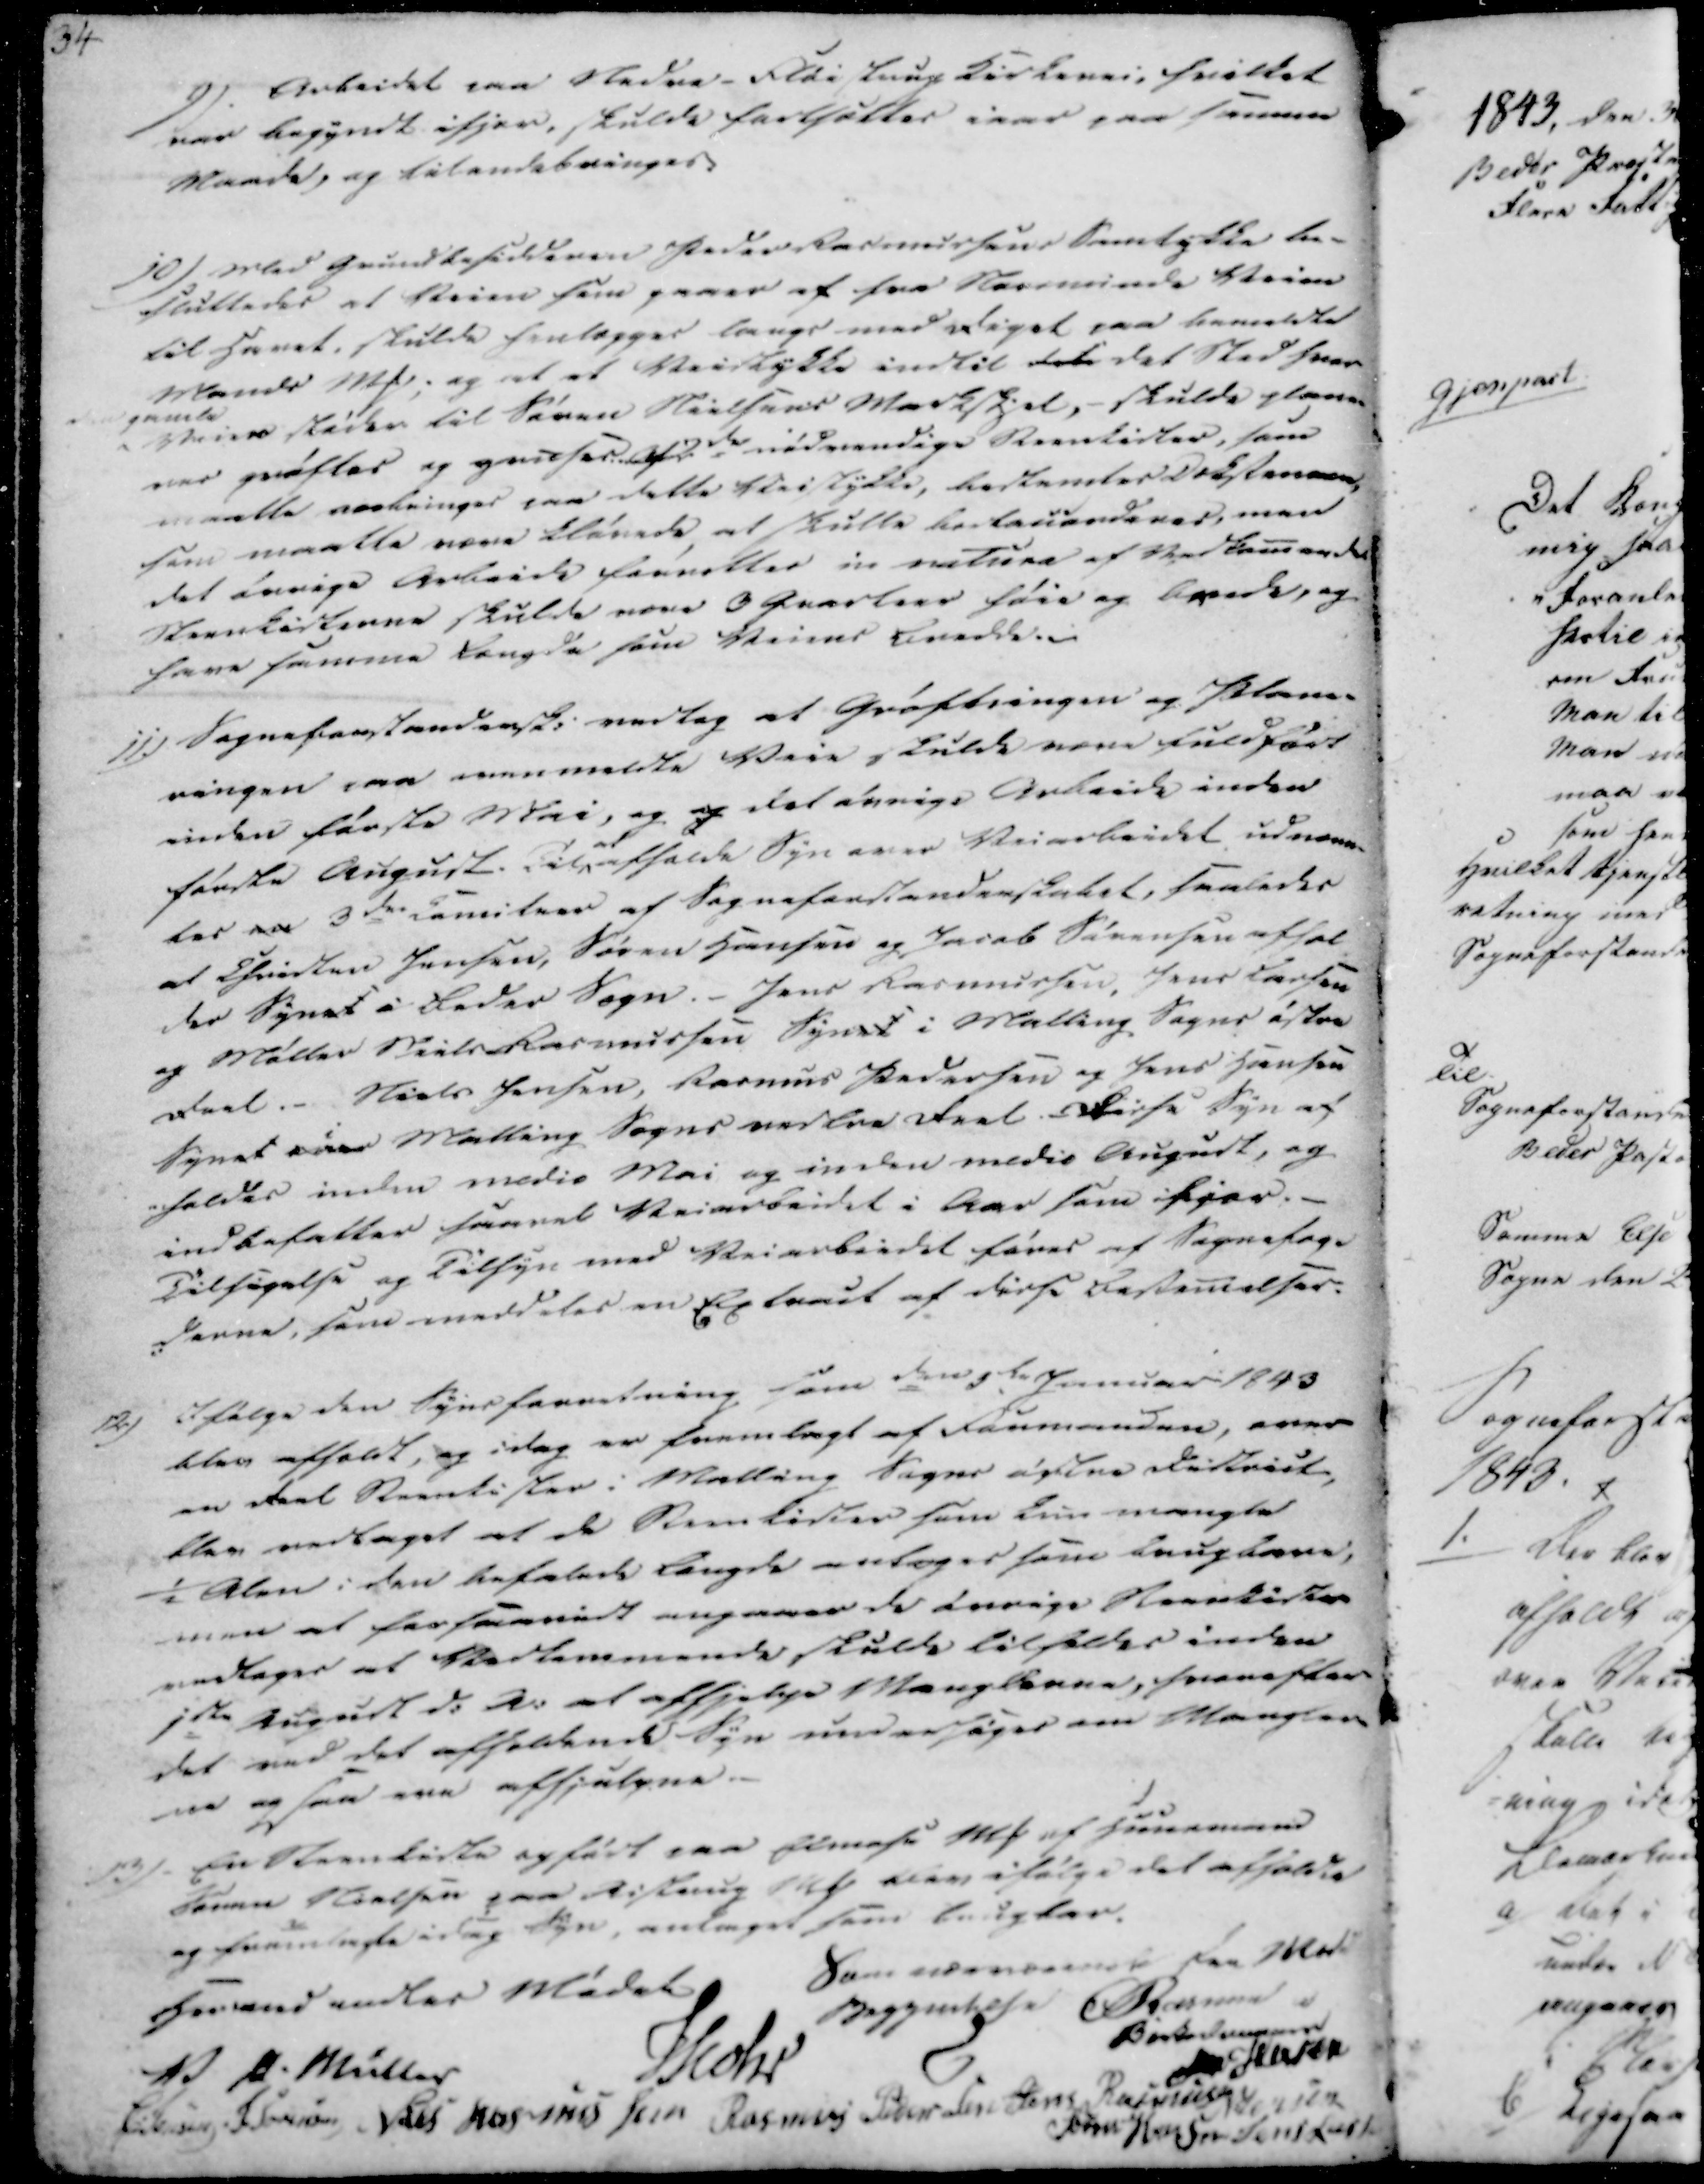
Transskription:
9).
Arbeidet paa Nedre-Fløistrup Kirkevei, hvilket
var begyndt ifjor, skulde fortsættes iaar paa samme
Maade, og tilendebringes.

10)
Med Grundbesidderen Peder Rasmussens Samtykke be-
sluttedes at Veien som gaaer af fra Norsminde Veien
til Havet, skulde henlægges langs med Diget paa bemeldte
Mands MP; og at et Veistykke indtil det det Sted hvor
gamle Veien støder til Søren Nielsens Markskjel, - skulde plane-
res grøftes og gruses. Af 2de nødvendige Steenkister, som
maatte anbringes paa dette Veistykke, bestemtes Deksteneren,
som maatte være kløvede at skulle bertauenderes, men
det øvrige Arbeide forsetter in natura af Vedkommende
Steenkisterne skulde være 3 Quarteer høie og brede, og
have samme Længde som Veienes Bredde.

11.)
Sogneforstandersk; vedtog at Grøftningen og Plane-
ringen paa ovenmeldte Veie skulde være fuldført
inden første Mai, og og det øvrige Arbeide inden
første August. Til at afholde Syn over Veiarbeidet udnævn-
tes en 3de Comitrer af Sogneforstanderskabet, saaledes
at Christen Jensen, Søren Hansen og Jacob Sørensen afhol
der Synet i Beder Sogn. - Jens Rasmussen, Jens Lassen
og Møller Niels Rasmussen Synet i Malling Sogns østre
Deel. - Niels Jensen, Rasmus Pedersen og Jens Hansen
Synet paa i Malling Sogns vestre Deel. Disse Syn af
-holdes inden medio Mai og inden medio August, og
indbefatter saavel Veiarbeidet i Aar som i Fjor. -
Tilsigelse og Tilsyn med Veiarbeidet føres af Sognefog-
derne, som meddeler en Egtraat af disse Bestem̄elser.

12)
Ifølge den Synsforretning som den 5de Januar 1843
blev afholdt, og idag er fremlagt af Formanden, over
en deel Steenkister i Malling Sogns østre District,
blev vedtaget at de Steenkister som kun mangle
½ Alen i den befalede længde antages som brugbare,
men at forsaavidt angaaer de øvrige Steenkister
vedtages at Vedkommende skulde tilstedes inden
1ste August d: A: at afhjælpe Manglerne, hvorefter
det ved det afholdende Syn undersøges om Mangler
ne ogsaa ere afhjulpne.

13)
En Steenkiste opført paa Elmose MP af huusmand
Søren Nielsen paa Aistrup MP blev ifølge det afholdte
og fremlagte idag Syn, antaget som brugbar.
Hermed endtes Mødet
Som udendemelse paa Møde

V P. Müller
Mohr
Baggemtese Rasmus
Birkedommeren
Hr. Jensen
Christen Sørensen
Niels Rasmussen
Rasmus Pedersen
Jens Rasmussen
Jensen
Søren Hansen
Jens Lassen